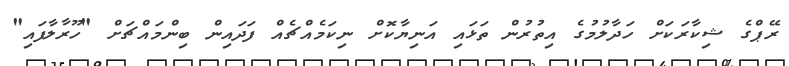
ރޭޕްގެ ޝިކާރަކަށް ހަދާލުމުގެ އިތުރުން ތަޅައި އަނިޔާކޮށް ނިކަމެއްޗެއް ފަދައިން ބިންމައްޗަށް "ހޫރާލާފައި"